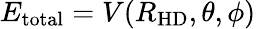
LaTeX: E_{\mathrm{total}}=V(R_{\mathrm{HD}},\theta,\phi)